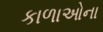
કાળાઓના